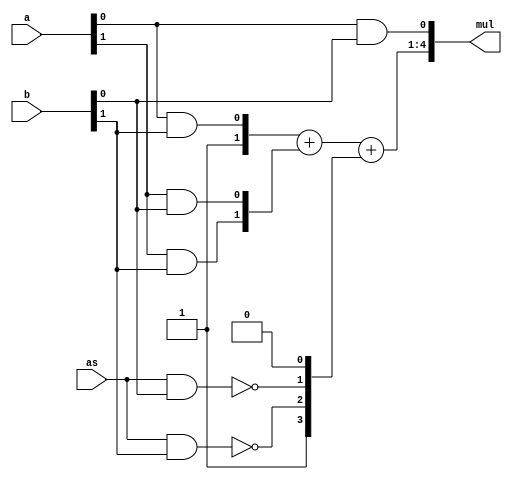
 module Mult_2bits    
 (
    input             as , // sign of a
    input       [1:0] a  , //   signed
    input       [1:0] b  , // unsigned
    output wire [4:0] mul    
);


//  sum =  {1'b0,   1'b0,         1'b0,        1'b1 , a[1]&b[0], a[0]&b[0]} + 
//         {1'b0,   1'b0,         1'b1,   a[1]&b[1] , a[0]&b[1],     1'b0 } + 
//         {1'b0,   1'b1, ~{a[1]&b[2]}, ~{a[0]&b[2]},      1'b0,     1'b0 } ;

wire [2:0] a_s;
wire a0b0, a1b0, a1b1, a0b1;
wire ha1c;
wire fa2c, fa2s, ha2c;
wire fa3c, fa3s, ha3c,fa4c ; 
//wire st2_c_1, st2_c_2; // stage #2 carry and carry2 
//wire st3_c           ; // stage #3 carry
wire st2_c, st2_p;
wire [4:0] m_tst;

assign a_s   = {   as,a};
assign a0b0 =   a_s[0] && b[0]  ;
assign a0b1 =   a_s[0] && b[1]  ;
assign a1b0 =   a_s[1] && b[0]  ;
assign a1b1 =   a_s[1] && b[1]  ;
assign a2b0 = ~(a_s[2] && b[0]) ;
assign a2b1 = ~(a_s[2] && b[1]) ;

//// Based on RCA
assign mul[  0] = a0b0;
assign mul[4:1] = {1'b0,  1'b0, 1'b1,  a0b1 } + 
                  {1'b0,  1'b0, a1b1,  a1b0 } + 
                  {1'b1,  a2b1, a2b0,  1'b0 } ;

////// Based on CSA 
//// st 0
//assign mul[  0] = a0b0;
//
//// st 1
//half_adder ha1 ( .a(a1b0), .b(a0b1) ,               .sum(mul[1]), .cout(ha1c) );
//
//// st 2
//assign mul[2] = ~(ha1c ^ a1b1 ^ a2b0);
//assign st2_c = ha1c && ~a1b1  || ~ha1c && a2b0 || a1b1 && ~a2b0;
//assign st2_p = ha1c && a1b1 && a2b0;
//
//// st 3 
//half_adder ha3 ( .a(a2b1), .b(st2_c) ,               .sum(mul[3]), .cout(ha2c) );
//
//// st 4
//assign mul[4] = ~(st2_p ^ ha2c);
//


endmodule